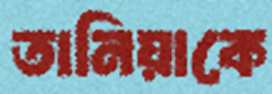
তানিয়াকে